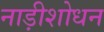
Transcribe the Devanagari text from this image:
नाड़ीशोधन